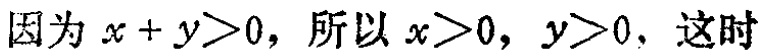
因为 \(x + y>0\)，所以 \(x>0\)，\(y>0\)，这时